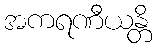
အကရဏီယန္တိ